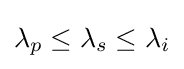
\lambda _{p}\leq \lambda _{s}\leq \lambda _{i}